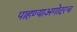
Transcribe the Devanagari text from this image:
पाहण्याअगोदरच